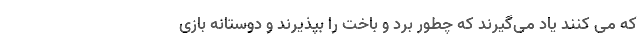
که می کنند یاد می‌گیرند که چطور برد و باخت را بپذیرند و دوستانه بازی